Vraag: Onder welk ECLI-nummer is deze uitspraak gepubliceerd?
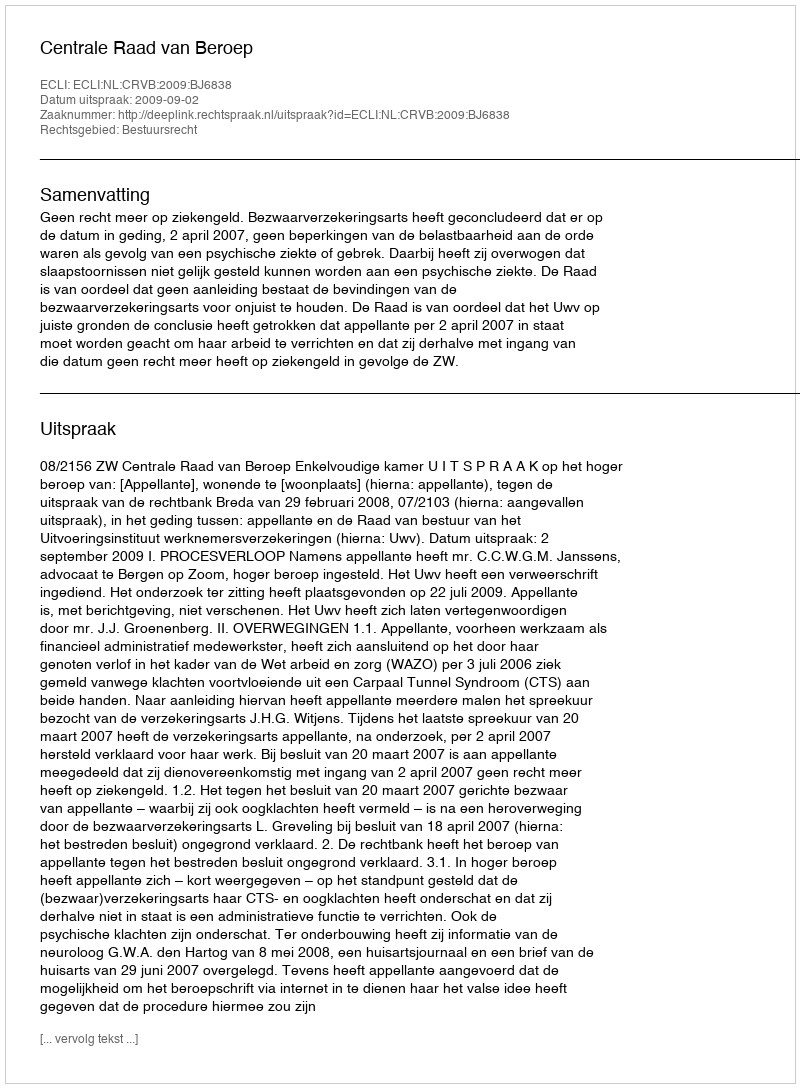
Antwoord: ECLI:NL:CRVB:2009:BJ6838